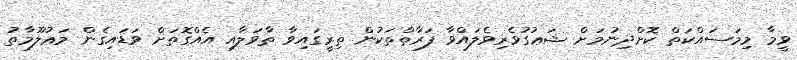
ވީމާ މިމަސައްކަތް ކޮށްދިނުމަށް ޝަޢުގުވެރިވެލައްވާ ފަރާތްތަކުން ތިރީގައިވާ ތާވަލާއި އެއްގޮތަށް ވަޑައިގެން މަޢުލޫމާތު